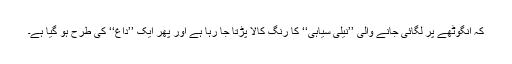
کہ انگوٹھے پر لگائی جانے والی ’’نیلی سیاہی‘‘ کا رنگ کالا پڑتا جا رہا ہے اور پھر ایک ’’داغ‘‘ کی طرح ہو گیا ہے۔